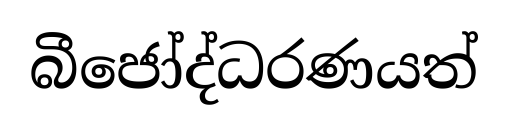
බීජෝද්ධරණයත්